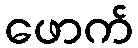
ဖောက်